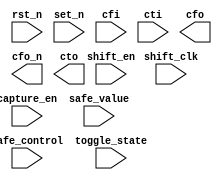
////////////////////////////////////////////////////////////////////////////////
//
//       This confidential and proprietary software may be used only
//     as authorized by a licensing agreement from Synopsys Inc.
//     In the event of publication, the following notice is applicable:
//
//                    (C) COPYRIGHT 2002 - 2018 SYNOPSYS INC.
//                           ALL RIGHTS RESERVED
//
//       The entire notice above must be reproduced on all authorized
//     copies.
//
//
// VERSION:   Verilog Simulation Model
//
// DesignWare_version: 2f51e2d4
// DesignWare_release: O-2018.06-DWBB_201806.3
//
////////////////////////////////////////////////////////////////////////////////
//---------------------------------------------------------------------------
//
// ABSTRACT:  Boundary Scan Cell Type WC_S1_S
//
//           
//  Input Parameters:   value   Description
//  =========== 	====    ===========
//  rst_mode            0 to 3  0 - FFs have no set or reset
//                              1 - FFs with reset
//                              2 - FFs with set
//                              3 - FFs with both set and reset
//              
//  Input Ports:   	Size    Description
//  =========== 	====    ===========
//  shift_clk           1 bit   shift clock

//  rst_n               1 bit   active low reset    
//  shift_en            1 bit   shift enable
//  capture_en          1 bit   Capture enable
//  safe_control        1 bit   Safe control
    
//  safe_value          1 bit   Safe value  
//  cfi                 1 bit    
//  cti                 1 bit    
//  
//  Output Ports    	Size    Description
//  ============	====    ===========
//  cfo                 1 bit
//  cfo_n               1 bit
//  cto             	1 bit    
//              
//              
//
//
// MODIFIED: 
//
//      LMSU    02/03/2016 
//              Eliminated function calling from sequential always block in
//              order for NLP tool to correctly infer FFs
//
//	RJK	6/23/2011
//		Added toggle_state input as requested by DFT team
//
//	RJK	3/08/2017
//		Corrected port order to be consistent with synthesis
//
module DW_wc_s1_s (shift_clk, rst_n, set_n, shift_en, capture_en, safe_control, 
		   safe_value, cfi, cti, cfo, cfo_n, cto, toggle_state );
   
   parameter integer rst_mode = 0;

   input  shift_clk;

   input  rst_n;
   input  set_n;
   
   input  shift_en;
   input  capture_en;
   input  safe_control;
   input  safe_value;
   input  cfi;
   input  cti;
   
   output cfo;   
   output cfo_n;
   output cto;

   input  toggle_state;

   // synopsys translate_off

   reg 	  temp_cto;
   wire	  temp_cti;

   assign temp_cti = (shift_en === 1'b1) ? (cti | (cti ^ cti)) :
		     (shift_en === 1'b0) ? temp_cto ^ toggle_state :
		     1'bX;
   assign cfo = (safe_control === 1'b1 ) ? (safe_value | (safe_value ^ safe_value)) :
		(safe_control === 1'b0 ) ? temp_cto : 
		1'bX;
   assign cfo_n = (safe_control === 1'b1 ) ? (~safe_value | (~safe_value ^ ~safe_value)) :
		  (safe_control === 1'b0 ) ? ~temp_cto : 
		  1'bX;
   assign cto = temp_cto;

   generate if (rst_mode==0) begin : GEN_RM_EQ_0
     always @(posedge shift_clk) begin : SHIFT_PROC
       if (capture_en === 1'b0)
         temp_cto <= (cfi | (cfi ^ cfi));
       else if (capture_en === 1'b1)
         temp_cto <= temp_cti;
       else
         temp_cto <= 1'bX;
     end // block: SHIFT_PROC
   end endgenerate

   generate if (rst_mode==1) begin : GEN_RM_EQ_1
     always @(posedge shift_clk or negedge rst_n) begin : SHIFT_PROC
       if (rst_n === 1'b0)
         temp_cto <= 1'b0;
       else begin
         if (capture_en === 1'b0)
           temp_cto <= (cfi | (cfi ^ cfi));
         else if (capture_en === 1'b1)
           temp_cto <= temp_cti;
         else
           temp_cto <= 1'bX;
       end
     end // block: SHIFT_PROC
   end endgenerate

   generate if (rst_mode==2) begin : GEN_RM_EQ_2
     always @(posedge shift_clk or negedge set_n) begin : SHIFT_PROC
       if (set_n === 1'b0)
         temp_cto <= 1'b1;
       else begin
         if (capture_en === 1'b0)
           temp_cto <= (cfi | (cfi ^ cfi));
         else if (capture_en === 1'b1)
           temp_cto <= temp_cti;
         else
           temp_cto <= 1'bX;
       end
     end // block: SHIFT_PROC
   end endgenerate

   generate if (rst_mode==3) begin : GEN_RM_EQ_3
     // chkSEQver-pragma allow_3_triggers
     always @(posedge shift_clk or negedge rst_n or negedge set_n) begin : SHIFT_PROC
       if (rst_n === 1'b0)
         temp_cto <= 1'b0;
       else if (set_n === 1'b0)
         temp_cto <= 1'b1;
       else begin
         if (capture_en === 1'b0)
           temp_cto <= (cfi | (cfi ^ cfi));
         else if (capture_en === 1'b1)
           temp_cto <= temp_cti;
         else
           temp_cto <= 1'bX;
       end
     end // block: SHIFT_PROC
   end endgenerate

  //---------------------------------------------------------------------------
  // Parameter legality check
  //---------------------------------------------------------------------------
  
 
  initial begin : parameter_check
    integer param_err_flg;

    param_err_flg = 0;
    
    
    if ( (rst_mode < 0) || (rst_mode > 3) ) begin
      param_err_flg = 1;
      $display(
	"ERROR: %m :\n  Invalid value (%d) for parameter rst_mode (legal range: 0 to 3)",
	rst_mode );
    end
  
    if ( param_err_flg == 1) begin
      $display(
        "%m :\n  Simulation aborted due to invalid parameter value(s)");
      $finish;
    end

  end // parameter_check 


  //---------------------------------------------------------------------------
  // Report unknown clock inputs
  //---------------------------------------------------------------------------
  
  always @ (shift_clk) begin : clk_monitor 
    if ( (shift_clk !== 1'b0) && (shift_clk !== 1'b1) && ($time > 0) )
      $display( "WARNING: %m :\n  at time = %t, detected unknown value, %b, on shift_clk input.",
                $time, shift_clk );
    end // clk_monitor   
   // synopsys translate_on 
   
endmodule // DW_wc_s1_s